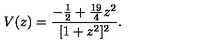
V ( z ) = \frac { - \frac { 1 } { 2 } + \frac { 1 9 } { 4 } z ^ { 2 } } { [ 1 + z ^ { 2 } ] ^ { 2 } } .